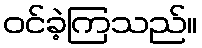
ဝင်ခဲ့ကြသည်။